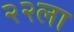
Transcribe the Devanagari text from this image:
२२ला